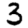
Digit: 3